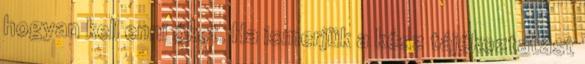
hogyan kell enni őket. Ha ismerjük a kész tájékoztatást